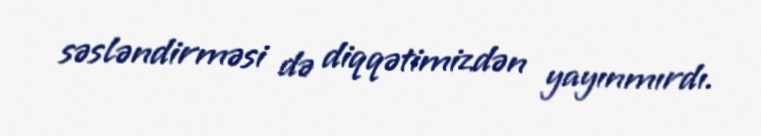
səsləndirməsi də diqqətimizdən yayınmırdı.